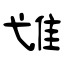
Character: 隿